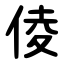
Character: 倰